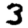
Digit: 3